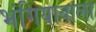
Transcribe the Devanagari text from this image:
भंगियावाला